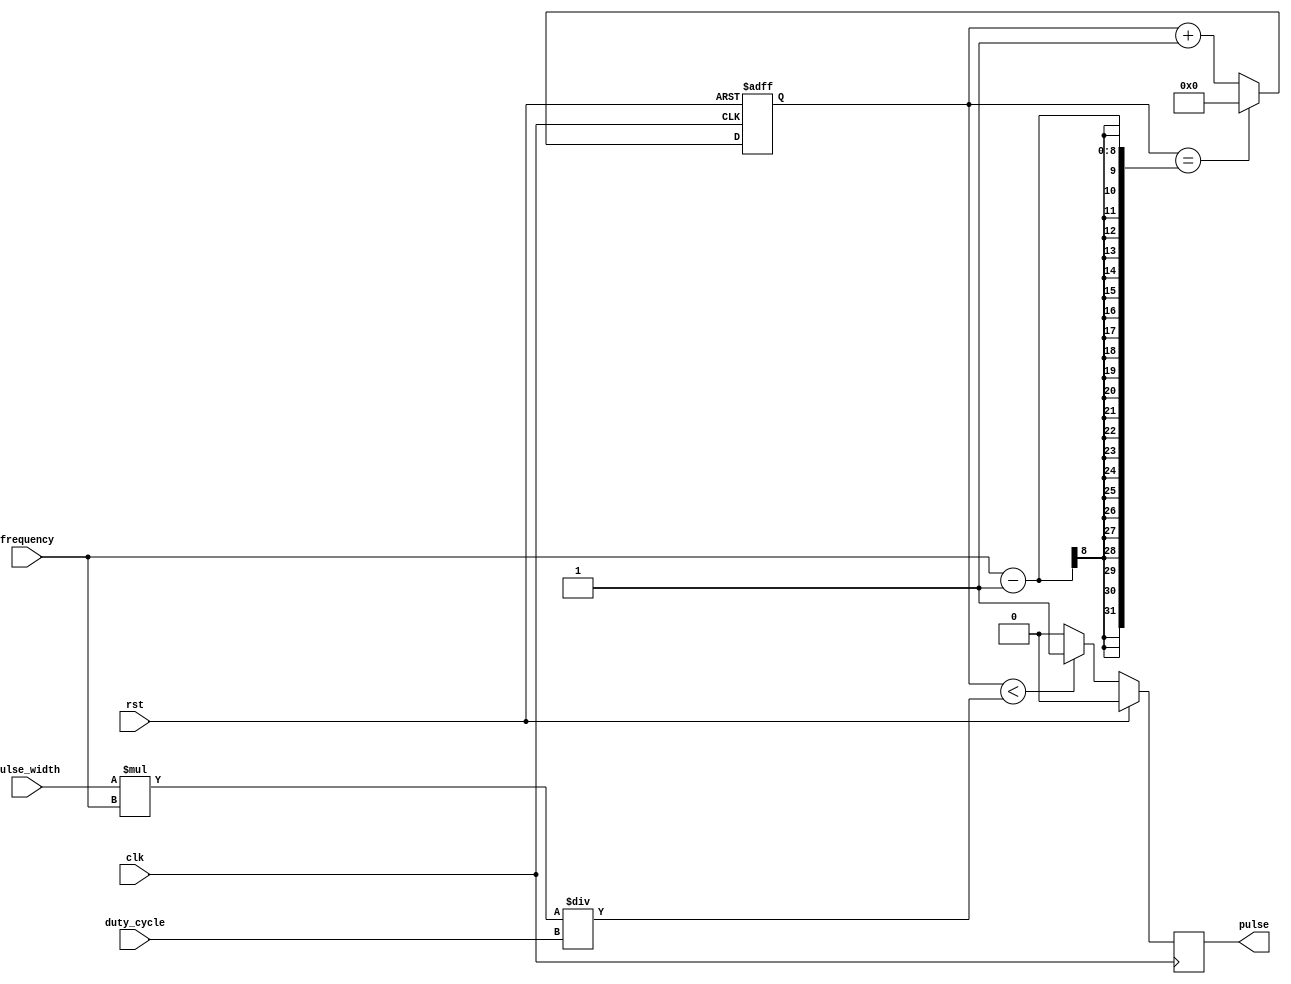
module pulse_generator (
    input wire clk,
    input wire rst,
    input wire [7:0] pulse_width,
    input wire [7:0] frequency,
    input wire [7:0] duty_cycle,
    output reg pulse
);

reg [7:0] count;

always @ (posedge clk or posedge rst) begin
    if (rst)
        count <= 8'd0;
    else if (count == frequency - 1)
        count <= 8'd0;
    else
        count <= count + 1;
end

always @ (posedge clk) begin
    if (rst)
        pulse <= 1'b0;
    else if (count < pulse_width * frequency / duty_cycle)
        pulse <= 1'b1;
    else
        pulse <= 1'b0;
end

endmodule